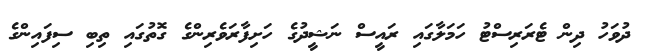
ދުވަހު ދިން ޓެރަރިސްޓު ހަމަލާގައި ރައީސް ނަޝީދުގެ ހަށިފާރަވެރިންގެ ގޮތުގައި ތިބި ސިފައިންގެ